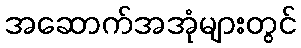
အဆောက်အအုံများတွင်